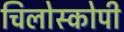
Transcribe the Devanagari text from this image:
चिलोस्कोपी